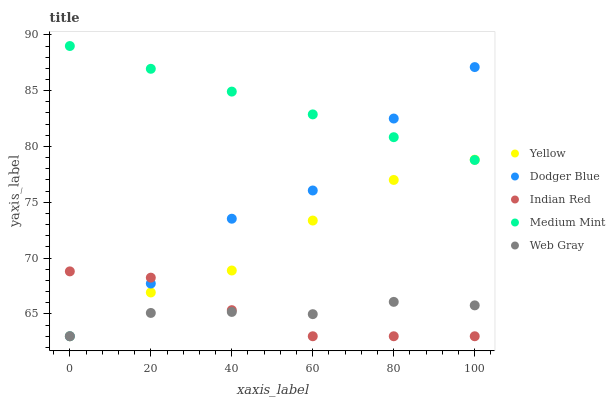
| xaxis_label | Yellow | Dodger Blue | Indian Red | Medium Mint | Web Gray |
 | --- | --- | --- | --- | --- | --- |
 | 0 | 63 | 63 | 68.8 | 89 | 63 |
 | 20 | 66.9 | 67.7 | 68.2 | 87 | 65.1 |
 | 40 | 68.9 | 73.5 | 65.3 | 84.9 | 65.2 |
 | 60 | 73.4 | 76.1 | 63 | 82.9 | 65 |
 | 80 | 77 | 82.5 | 63 | 80.8 | 66.1 |
 | 100 | 78.8 | 87.1 | 63 | 78.8 | 65.8 |